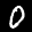
Label: 0